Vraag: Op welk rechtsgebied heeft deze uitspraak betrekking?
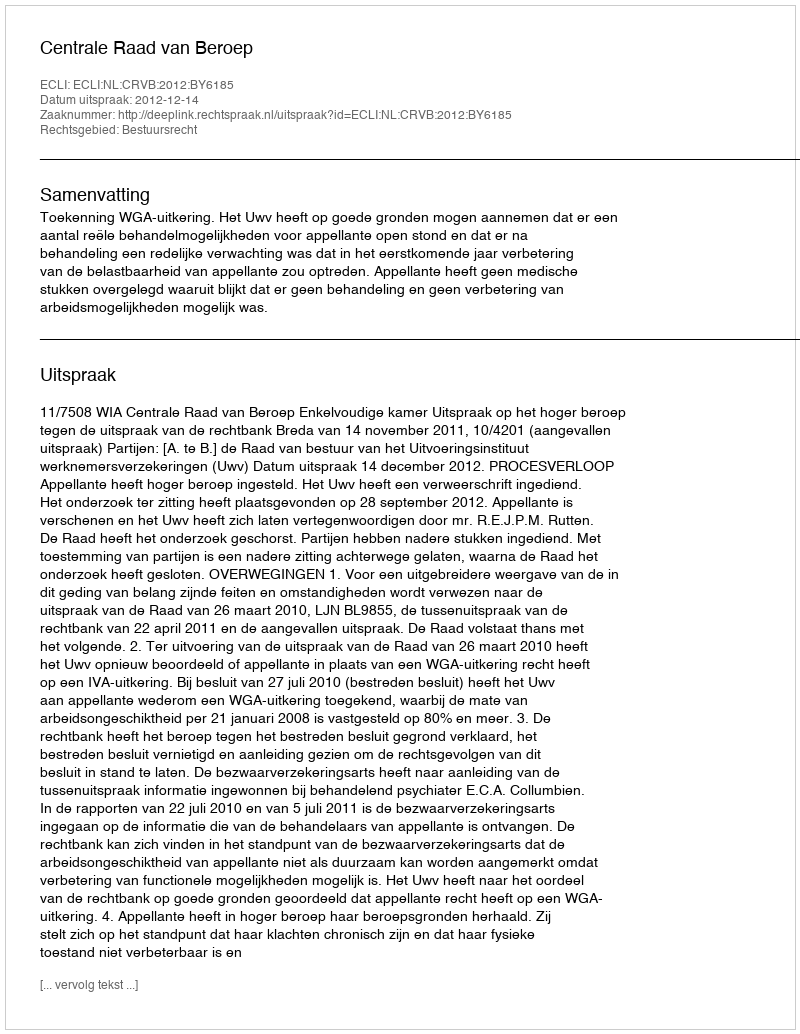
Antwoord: Bestuursrecht